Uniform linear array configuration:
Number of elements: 4
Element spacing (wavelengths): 1
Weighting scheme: exponential
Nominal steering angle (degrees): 15
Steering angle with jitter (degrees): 14.421
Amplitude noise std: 0.05
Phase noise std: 0.05

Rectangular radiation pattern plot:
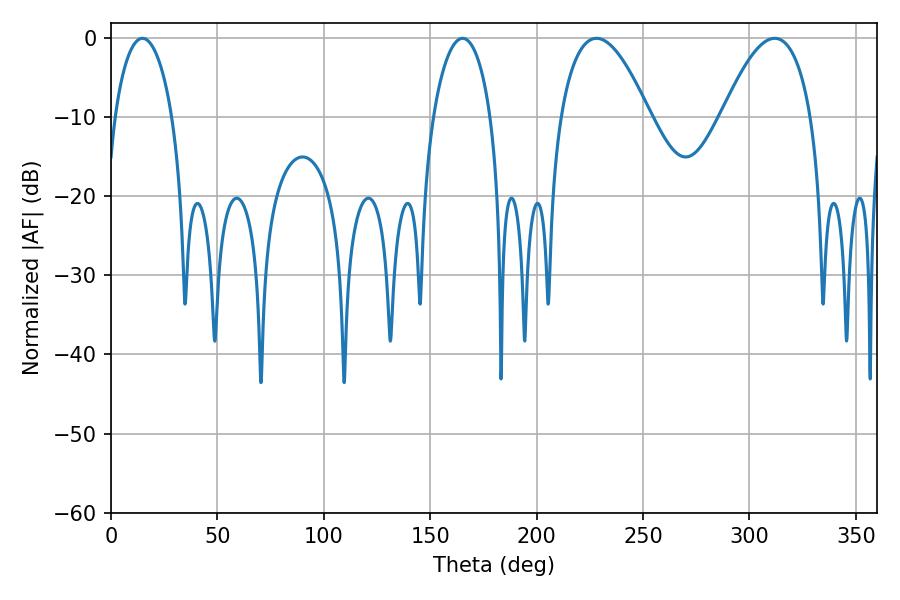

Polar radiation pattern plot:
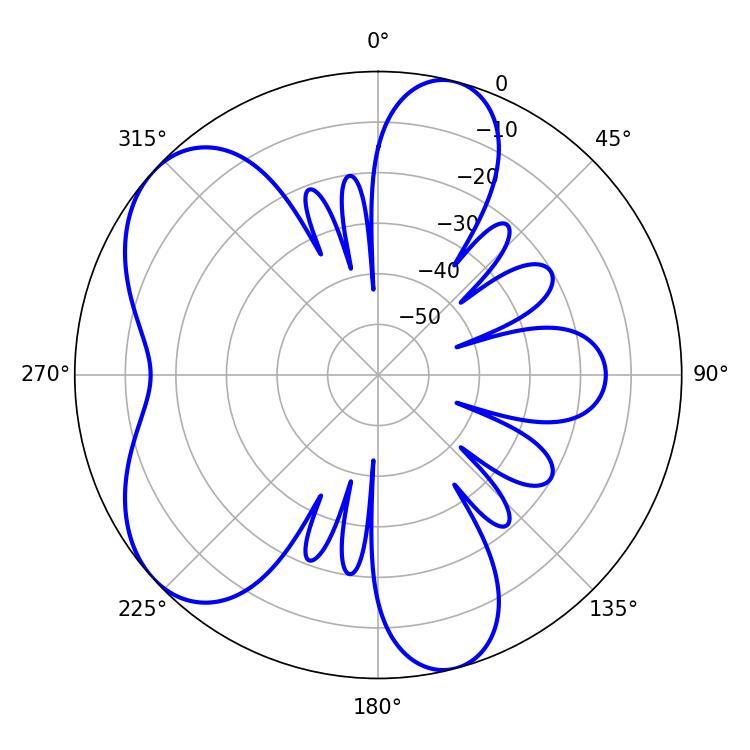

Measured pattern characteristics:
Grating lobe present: TRUE
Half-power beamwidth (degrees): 15.48
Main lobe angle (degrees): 14.76